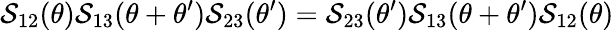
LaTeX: \mathcal{S}_{12}(\theta)\mathcal{S}_{13}(\theta+\theta^{\prime})\mathcal{S}_{23}(\theta^{\prime})=\mathcal{S}_{23}(\theta^{\prime})\mathcal{S}_{13}(\theta+\theta^{\prime})\mathcal{S}_{12}(\theta)